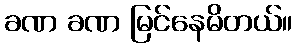
ခဏ ခဏ မြင်နေမိတယ်။